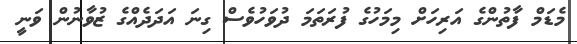
މެޑަމް ފާތުންގެ އަރިހަށް މިމަހުގެ ފުރަތަމަ ދުވަހުވެސް ގިނަ އަދަދެއްގެ ޒުވާނުން ވަނީ